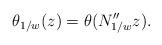
LaTeX: \begin{align*}\theta_{1/w}(z)= \theta(N^{\prime\prime}_{1/w}z).\end{align*}